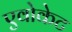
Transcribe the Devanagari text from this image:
एवोकेट